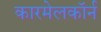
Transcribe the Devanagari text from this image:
कारमेलकॉर्न